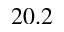
2 0 . 2